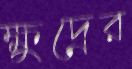
ক্ষুদ্রের